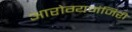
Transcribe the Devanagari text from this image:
आरोग्यमंजिरी